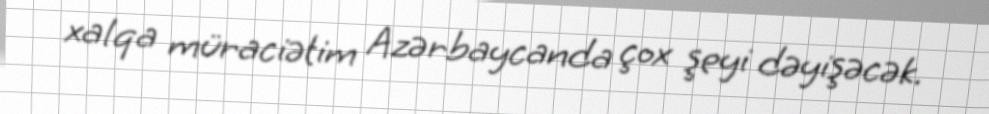
xalqa müraciətim Azərbaycanda çox şeyi dəyişəcək.